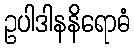
ဥပါဒါနနိရောဓံ